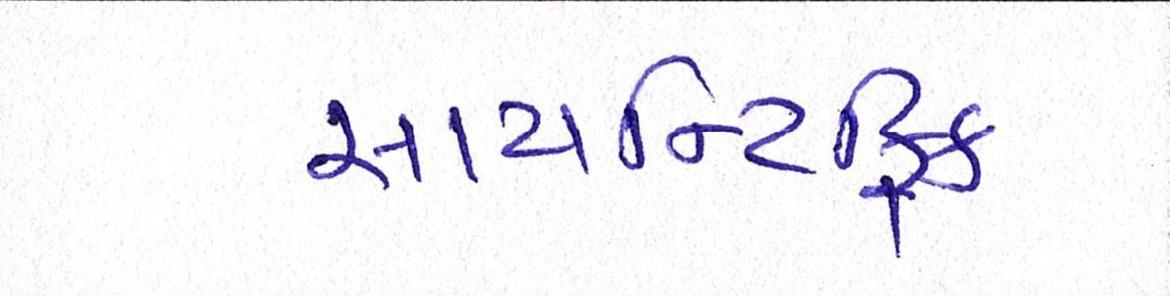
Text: સાયન્ટિફિક